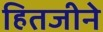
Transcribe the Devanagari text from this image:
हितजीने